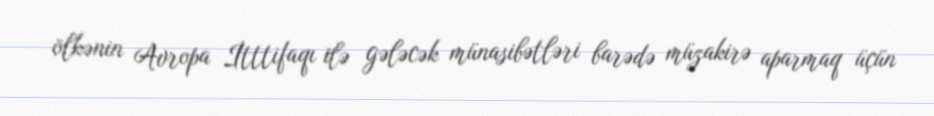
ölkənin Avropa İtttifaqı ilə gələcək münasibətləri barədə müzakirə aparmaq üçün